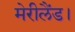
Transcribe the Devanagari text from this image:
मेरीलैंड।